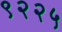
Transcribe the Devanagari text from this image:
९२२५